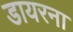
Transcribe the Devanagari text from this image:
डायरना